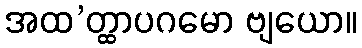
အထ’တ္ထာပဂမော ဗျယော။